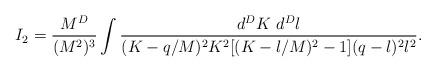
LaTeX: \begin{align*}I_2 =\frac{M^D}{(M^2)^3} \int\frac{d^DK~d^Dl}{(K-q/M)^2K^2[(K-l/M)^2-1](q-l)^2l^2}.\end{align*}